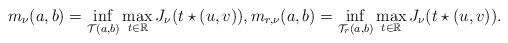
LaTeX: \begin{align*}m_\nu(a,b)=\inf_{\mathcal{T}(a,b)}\max_{t\in\mathbb{R}}J_\nu(t\star(u,v)),m_{r,\nu}(a,b)=\inf_{\mathcal{T}_r(a,b)}\max_{t\in\mathbb{R}}J_\nu(t\star(u,v)).\end{align*}